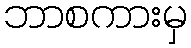
ဘာစကားမှ